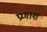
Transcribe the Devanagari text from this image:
प्रणाश